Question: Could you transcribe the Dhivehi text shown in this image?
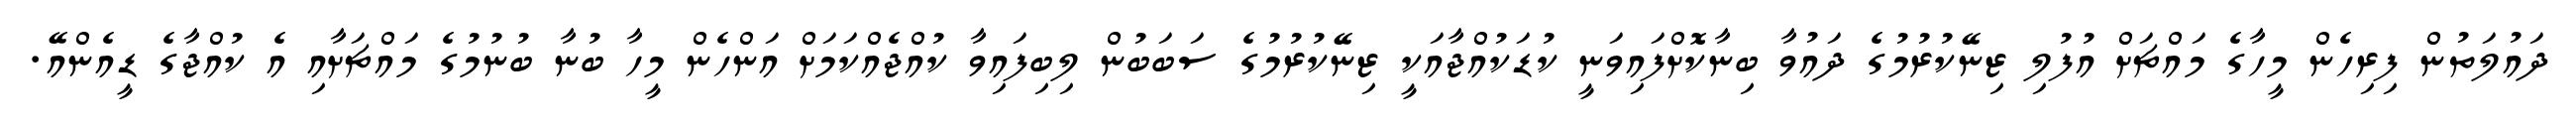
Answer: ދައުލަތުން ފިރިހެން މީހާގެ މައްޗަށް އުފުލި ޒިނޭކުރުމުގެ ދައުވާ ބިނާކޮށްފައިވަނީ ކުޑަކުއްޖާއަކީ ޒިނޭކުރުމުގެ ސަބަބުން ލިބިފައިވާ ކުއްޖެއްކަމަށް އަންހެން މީހާ ބުނާ ބުނުމުގެ މައްޗަށާއި އެ ކުއްޖާގެ ޑީއެންއޭ.